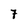
Character: 7